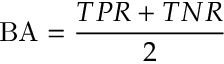
\mathrm { B A } = { \frac { T P R + T N R } { 2 } }